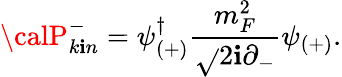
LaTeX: {\calP}_{k\mathbf{i}n}^{-}=\psi_{(+)}^{\dagger}\frac{{m_{F}^{2}}}{{\sqrt{}{{2}}\mathbf{i}\partial_{-}}}\psi_{(+)}.